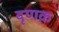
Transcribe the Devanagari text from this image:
दृणक